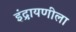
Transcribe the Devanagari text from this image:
इंद्रायणीला